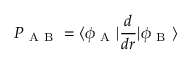
P _ { \mathrm { ~ A ~ B ~ } } = \langle \phi _ { \mathrm { ~ A ~ } } | \frac { d } { d r } | \phi _ { \mathrm { ~ B ~ } } \rangle